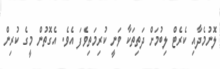
ލޮނުމެދާއި ކެރެޓް ލިބުމަށް ދަތިތަކާ ވަނީ ކުރިމަތިވެފަ އެވެ. އެގޮތުން މީގެ ކުރިން